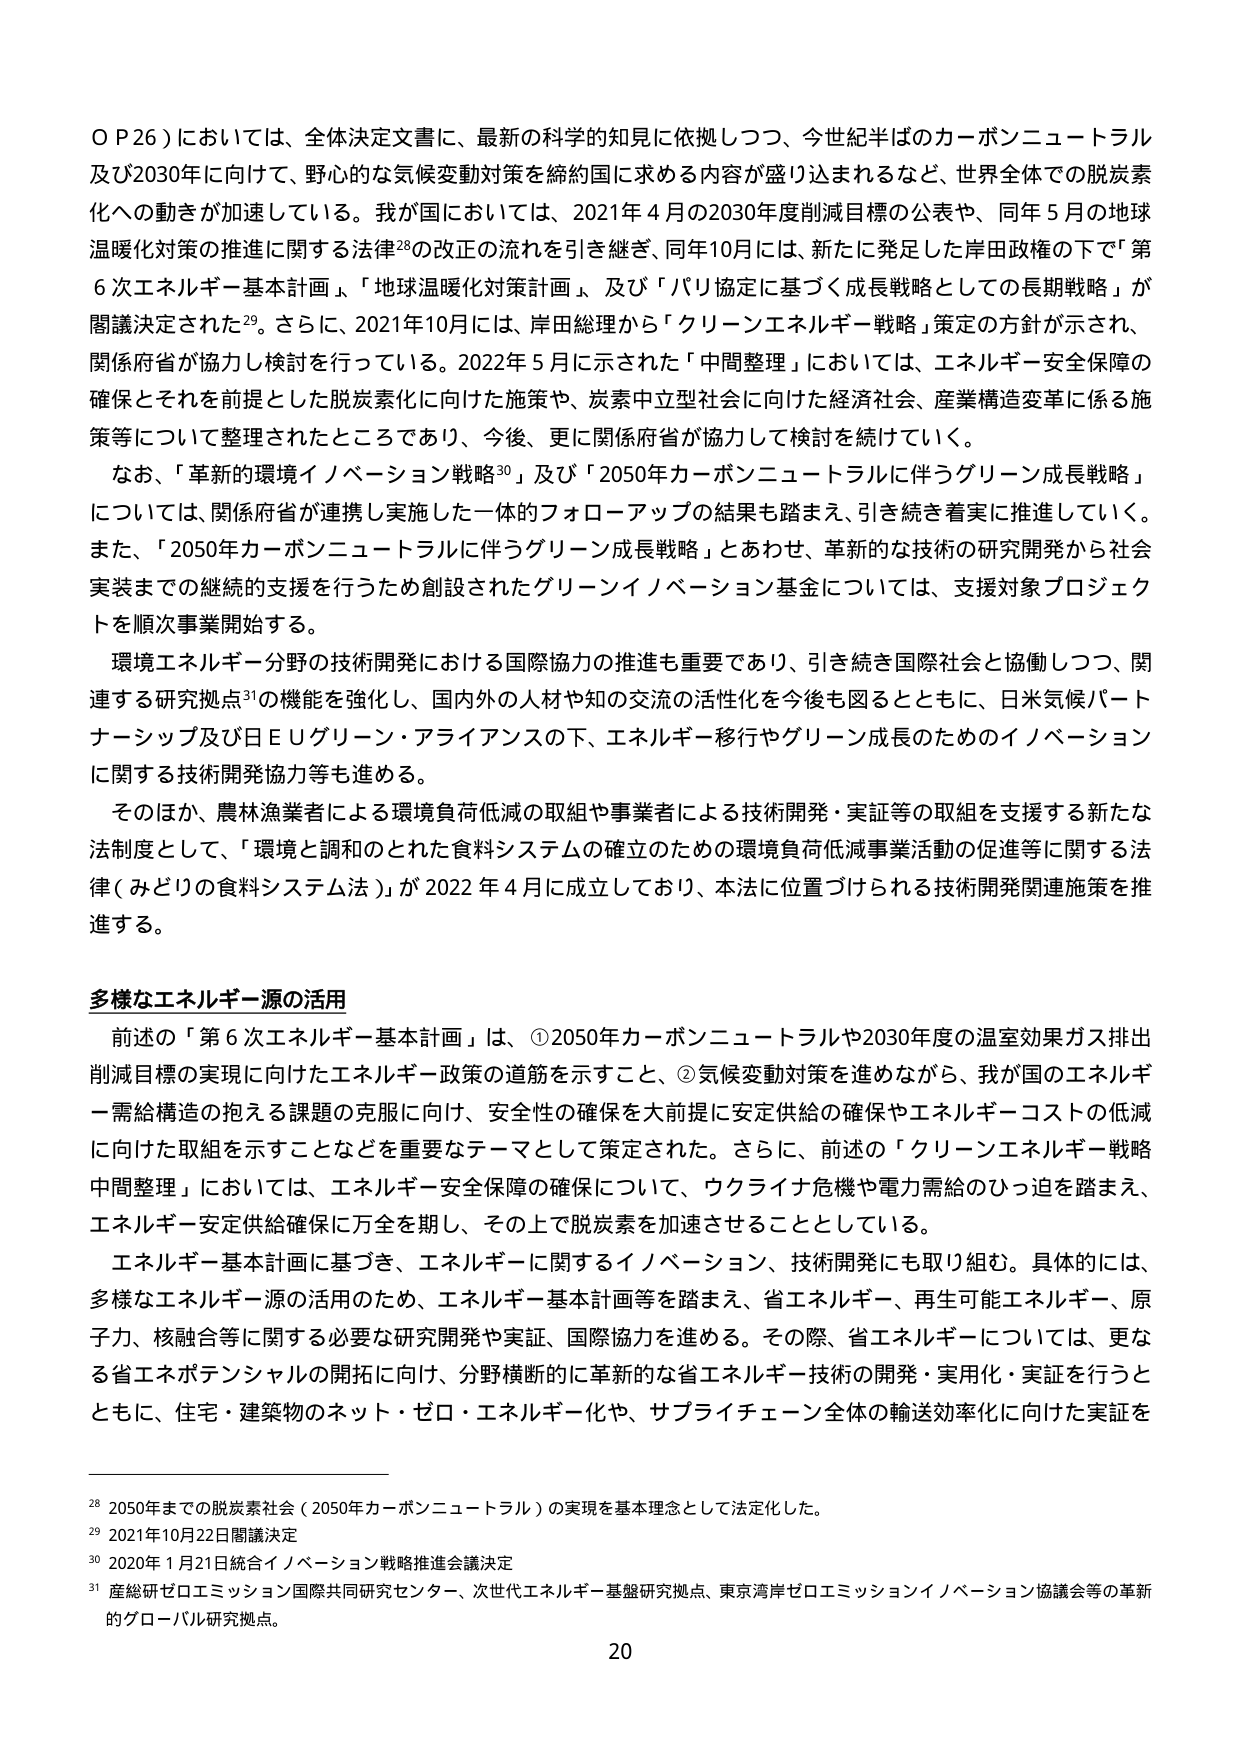
ＯＰ26）においては、全体決定文書に、最新の科学的知見に依拠しつつ、今世紀半ばのカーボンニュートラル及び2030年に向けて、野心的な気候変動対策を締約国に求める内容が盛り込まれるなど、世界全体での脱炭素化への動きが加速している。我が国においては、2021年4月の2030年度削減目標の公表や、同年5月の地球温暖化対策の推進に関する法律28の改正の流れを引き継ぎ、同年10月には、新たに発足した岸田政権の下で「第6次エネルギー基本計画」、「地球温暖化対策計画」、及び「パリ協定に基づく成長戦略としての長期戦略」が閣議決定された29。さらに、2021年10月には、岸田総理から「クリーンエネルギー戦略」策定の方針が示され、関係府省が協力し検討を行っている。2022年5月に示された「中間整理」においては、エネルギー安全保障の確保とそれを前提とした脱炭素化に向けた施策や、炭素中立型社会に向けた経済社会、産業構造変革に係る施策等について整理されたところであり、今後、更に関係府省が協力して検討を続けていく。

なお、「革新的環境イノベーション戦略30」及び「2050年カーボンニュートラルに伴うグリーン成長戦略」については、関係府省が連携し実施した一体的フォローアップの結果も踏まえ、引き続き着実に推進していく。また、「2050年カーボンニュートラルに伴うグリーン成長戦略」とあわせ、革新的な技術の研究開発から社会実装までの継続的支援を行うため創設されたグリーンイノベーション基金については、支援対象プロジェクトを順次事業開始する。

環境エネルギー分野の技術開発における国際協力の推進も重要であり、引き続き国際社会と協働しつつ、関連する研究拠点31の機能を強化し、国内外の人材や知の交流の活性化を今後も図るとともに、日米気候パートナーシップ及び日ＥＵグリーン・アライアンスの下、エネルギー移行やグリーン成長のためのイノベーションに関する技術開発協力等も進める。

そのほか、農林漁業者による環境負荷低減の取組や事業者による技術開発・実証等の取組を支援する新たな法制度として、「環境と調和のとれた食料システムの確立のための環境負荷低減事業活動の促進等に関する法律（みどりの食料システム法）」が2022年4月に成立しており、本法に位置づけられる技術開発関連施策を推進する。

多様なエネルギー源の活用

前述の「第6次エネルギー基本計画」は、①2050年カーボンニュートラルや2030年度の温室効果ガス排出削減目標の実現に向けたエネルギー政策の道筋を示すこと、②気候変動対策を進めながら、我が国のエネルギー需給構造の抱える課題の克服に向け、安全性の確保を大前提に安定供給の確保やエネルギーコストの低減に向けた取組を示すことなどを重要なテーマとして策定された。さらに、前述の「クリーンエネルギー戦略中間整理」においては、エネルギー安全保障の確保について、ウクライナ危機や電力需給のひっ迫を踏まえ、エネルギー安定供給確保に万全を期し、その上で脱炭素を加速させることとしている。

エネルギー基本計画に基づき、エネルギーに関するイノベーション、技術開発にも取り組む。具体的には、多様なエネルギー源の活用のため、エネルギー基本計画等を踏まえ、省エネルギー、再生可能エネルギー、原子力、核融合等に関する必要な研究開発や実証、国際協力を進める。その際、省エネルギーについては、更なる省エネポテンシャルの開拓に向け、分野横断的に革新的な省エネルギー技術の開発・実用化・実証を行うとともに、住宅・建築物のネット・ゼロ・エネルギー化や、サプライチェーン全体の輸送効率化に向けた実証を

28 2050年までの脱炭素社会（2050年カーボンニュートラル）の実現を基本理念として法定化した。
29 2021年10月22日閣議決定
30 2020年1月21日統合イノベーション戦略推進会議決定
31 産総研ゼロエミッション国際共同研究センター、次世代エネルギー基盤研究拠点、東京湾岸ゼロエミッションイノベーション協議会等の革新的グローバル研究拠点。

20